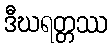
ဒီဃရတ္တဿ